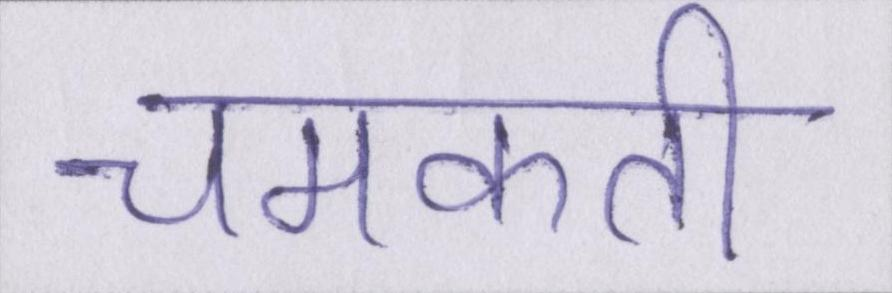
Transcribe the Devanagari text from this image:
चमकती